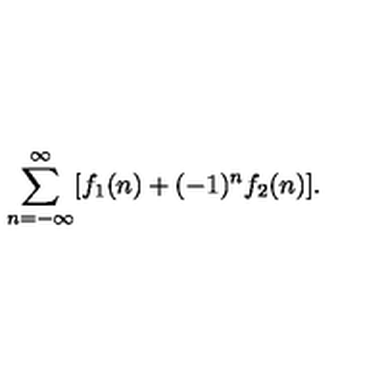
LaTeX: \sum _ { n = - \infty } ^ { \infty } [ f _ { 1 } ( n ) + ( - 1 ) ^ { n } f _ { 2 } ( n ) ] .